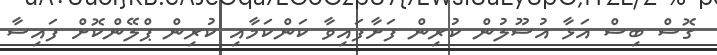
ގޮސް ބިސް އަޅާ އުސޫލުން ކުރިން ފަށާފައިވާ ކަންކަމާއި ކުރިން ޕްލޭންކޮށް ފައިސާ